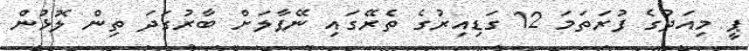
ޕީ މިއަދުގެ ފުރަތަމަ 12 ގަޑިއިރުގެ ތެރޭގައި ނޭޕާލަށް ބާރުގަދަ ތިން ލޮޅުން